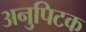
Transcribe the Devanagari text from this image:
अनुपिटक